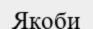
Якоби